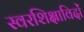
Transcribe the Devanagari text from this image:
स्वरशिक्षाविदों